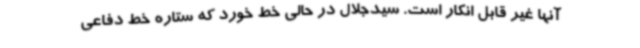
آنها غیر قابل انکار است. سیدجلال در حالی خط خورد که ستاره خط دفاعی